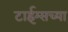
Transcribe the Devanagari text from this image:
टाईम्सच्या